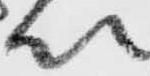
以